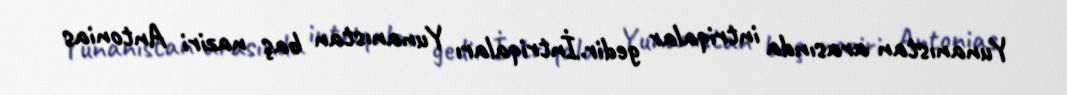
Yunanıstan arasında intriqalar gedir.İntriqaları Yunanıstan baş naziri Antonias